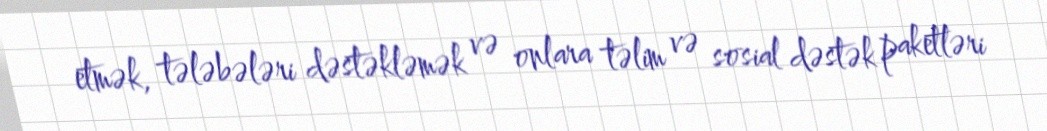
etmək, tələbələri dəstəkləmək və onlara təlim və sosial dəstək paketləri